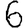
Digit: 6